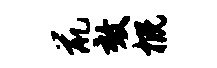
鼠效概